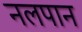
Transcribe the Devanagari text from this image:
नलपान